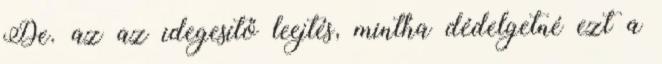
De. az az idegesítő leejtés, mintha dédelgetné ezt a